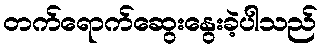
တက်ရောက်ဆွေးနွေးခဲ့ပါသည်